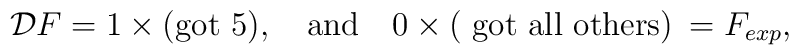
{\cal D} F = 1\times  \mbox{(got 5)}, \quad \mbox{and}\quad  0\times \mbox{( got all  others)}\:  = F_{exp},